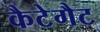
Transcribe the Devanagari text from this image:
कैटेगैट